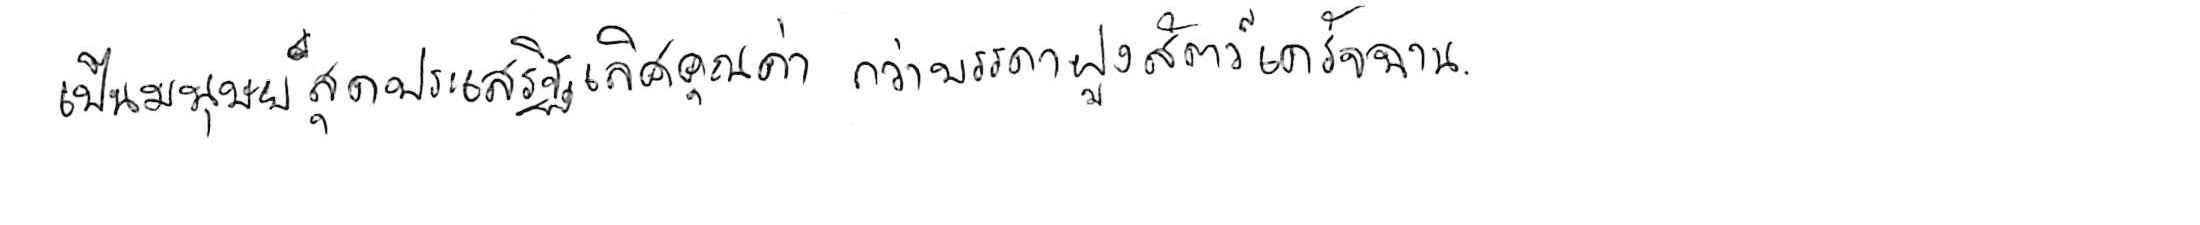
เป็นมนุษย์สุดประเสริฐเลิศคุณค่า กว่าบรรดาฝูงสัตว์เดรัจฉาน